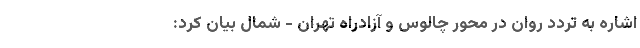
اشاره به تردد روان در محور چالوس و آزادراه تهران - شمال بیان کرد: